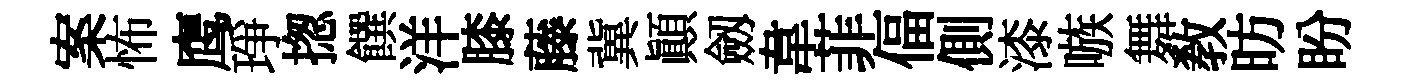
案怖鹰琤揔饌洋膝藤冀顛劔韋菲偪側漆嗾舞教昉盼